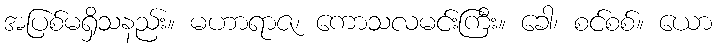
အပြစ်မရှိသနည်း။ မဟာရာဇ၊ ကောသလမင်းကြီး။ ခေါ၊ စင်စစ်။ ယော